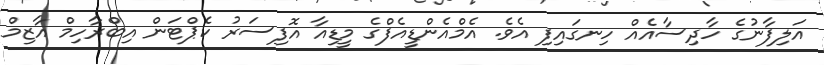
އަލިފާނުގެ ހާދިސާއެއް ހިނގައިފި އެވެ. އެމްއެންޑީއެފްގެ މީޑިއާ އޮފިސަރު ކެޕްޓަން އިބްރާހިމް އާޒިމް